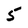
Character: 5